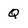
Character: Q